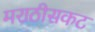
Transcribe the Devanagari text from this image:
मराठीसकट